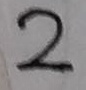
2